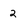
Character: 2